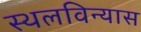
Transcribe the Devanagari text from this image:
स्थलविन्यास